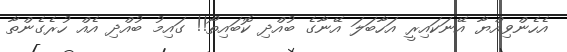
އެހެންވިއްޔާ އޭނަކައިރީ އަހާބަލަ އޭނާގެ ބުއްދި ކޮބައިތޯ!! ގައިމު ބުއްދި އެއް ހުރެގެންތާ